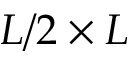
L / 2 \times L